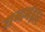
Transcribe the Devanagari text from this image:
शब्दभंड़ार